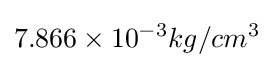
7.866\times 10^{-3}kg/cm^{3}